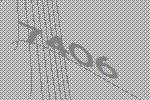
7406